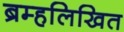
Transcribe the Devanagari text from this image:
ब्रम्हलिखित